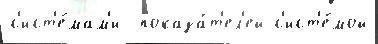
с'ист'е́мам'и  показа́т'ел'ей с'ист'е́мой